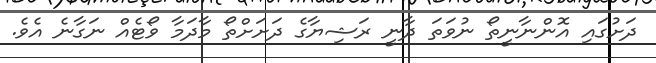
ދަށުގައި އޮންނާނީތޯ ނުވަތަ ދާނީ ރަޝިޔާގެ ދަށަށްތޯ މާދަމާ ވޯޓެއް ނަގާނެ އެވެ.